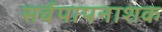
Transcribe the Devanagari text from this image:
सर्वपापनाशक